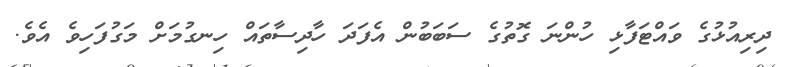
ދިރިއުޅުގެ ވައްޓަފާޅި ހުންނަ ގޮތުގެ ސަބަބުން އެފަދަ ހާދިސާތައް ހިނގުމަށް މަގުފަހިވެ އެވެ.